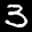
Label: 3